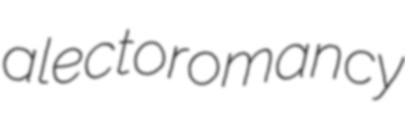
alectoromancy